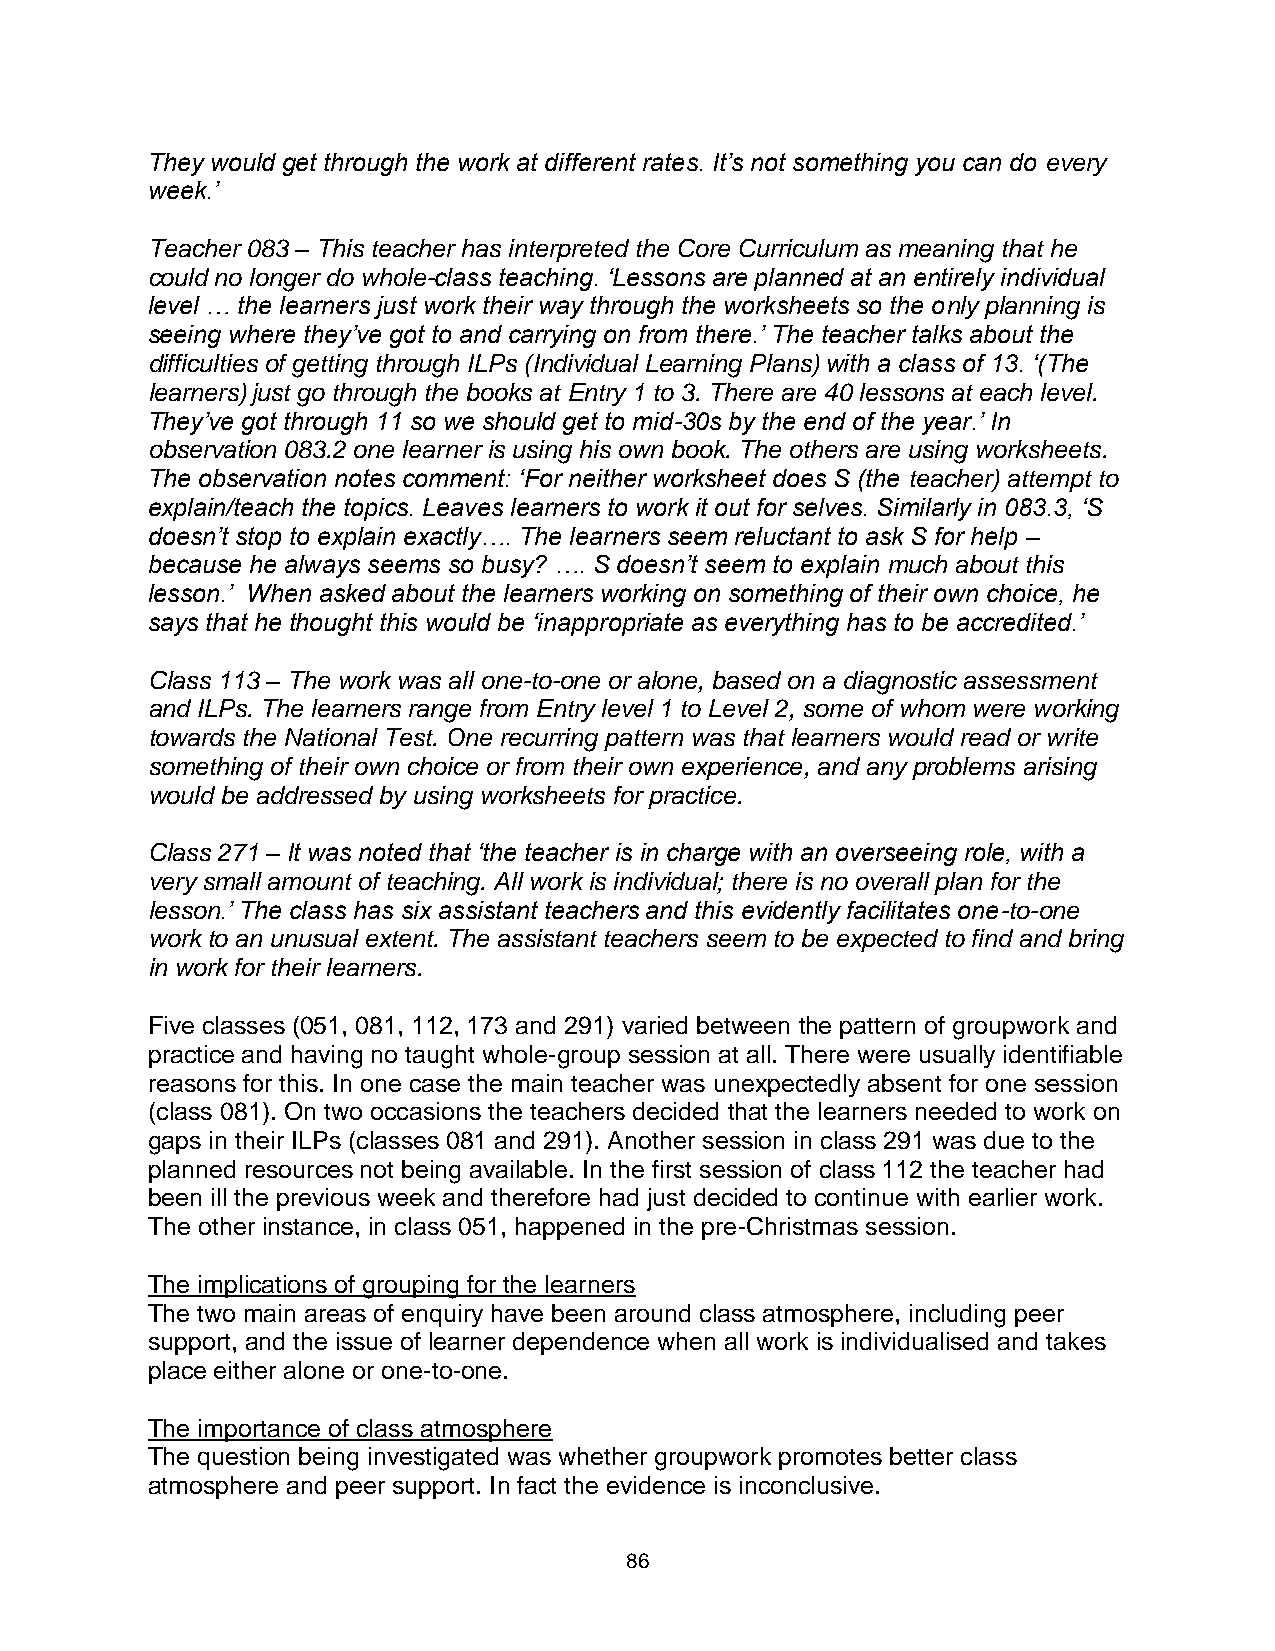
They would get through the work at different rates. It’s not something you can do every
 week.’
 Teacher 083 – This teacher has interpreted the Core Curriculum as meaning that he
 could no longer do whole-class teaching. ‘Lessons are planned at an entirely individual
 level … the learners just work their way through the worksheets so the only planning is
 seeing where they’ve got to and carrying on from there.’ The teacher talks about the
 difficulties of getting through ILPs (Individual Learning Plans) with a class of 13. ‘(The
 learners) just go through the books at Entry 1 to 3. There are 40 lessons at each level.
 They’ve got through 11 so we should get to mid-30s by the end of the year.’ In
 observation 083.2 one learner is using his own book. The others are using worksheets.
 The observation notes comment: ‘For neither worksheet does S (the teacher) attempt to
 explain/teach the topics. Leaves learners to work it out for selves. Similarly in 083.3, ‘S
 doesn’t stop to explain exactly…. The learners seem reluctant to ask S for help –
 because he always seems so busy? …. S doesn’t seem to explain much about this
 lesson.’ When asked about the learners working on something of their own choice, he
 says that he thought this would be ‘inappropriate as everything has to be accredited.’
 Class 113 – The work was all one-to-one or alone, based on a diagnostic assessment
 and ILPs. The learners range from Entry level 1 to Level 2, some of whom were working
 towards the National Test. One recurring pattern was that learners would read or write
 something of their own choice or from their own experience, and any problems arising
 would be addressed by using worksheets for practice.
 Class 271 – It was noted that ‘the teacher is in charge with an overseeing role, with a
 very small amount of teaching. All work is individual; there is no overall plan for the
 lesson.’ The class has six assistant teachers and this evidently facilitates one-to-one
 work to an unusual extent. The assistant teachers seem to be expected to find and bring
 in work for their learners.
 Five classes (051, 081, 112, 173 and 291) varied between the pattern of groupwork and
 practice and having no taught whole-group session at all. There were usually identifiable
 reasons for this. In one case the main teacher was unexpectedly absent for one session
 (class 081). On two occasions the teachers decided that the learners needed to work on
 gaps in their ILPs (classes 081 and 291). Another session in class 291 was due to the
 planned resources not being available. In the first session of class 112 the teacher had
 been ill the previous week and therefore had just decided to continue with earlier work.
 The other instance, in class 051, happened in the pre-Christmas session.
 The implications of grouping for the learners
 The two main areas of enquiry have been around class atmosphere, including peer
 support, and the issue of learner dependence when all work is individualised and takes
 place either alone or one-to-one.
 The importance of class atmosphere
 The question being investigated was whether groupwork promotes better class
 atmosphere and peer support. In fact the evidence is inconclusive.
 86